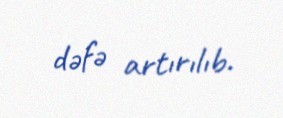
dəfə artırılıb.